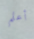
أعلم